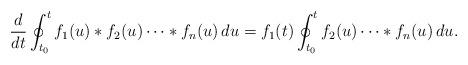
LaTeX: \begin{align*}\frac{ d }{d t}\oint_{t_0}^t f_1(u)*f_2(u)\dots* f_n (u) \,d u=f_1(t) \oint_{t_0}^t f_2(u)\dots* f_n (u) \, d u.\end{align*}